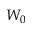
W _ { 0 }